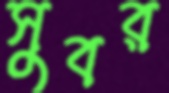
সুবর